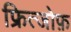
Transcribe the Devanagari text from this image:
फ्रित्जोफ़